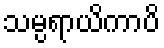
သမ္ပရာယိကာပိ